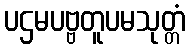
ပဌမပဗ္ဗတူပမသုတ္တံ